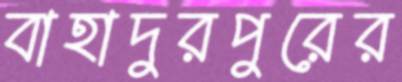
বাহাদুরপুরের